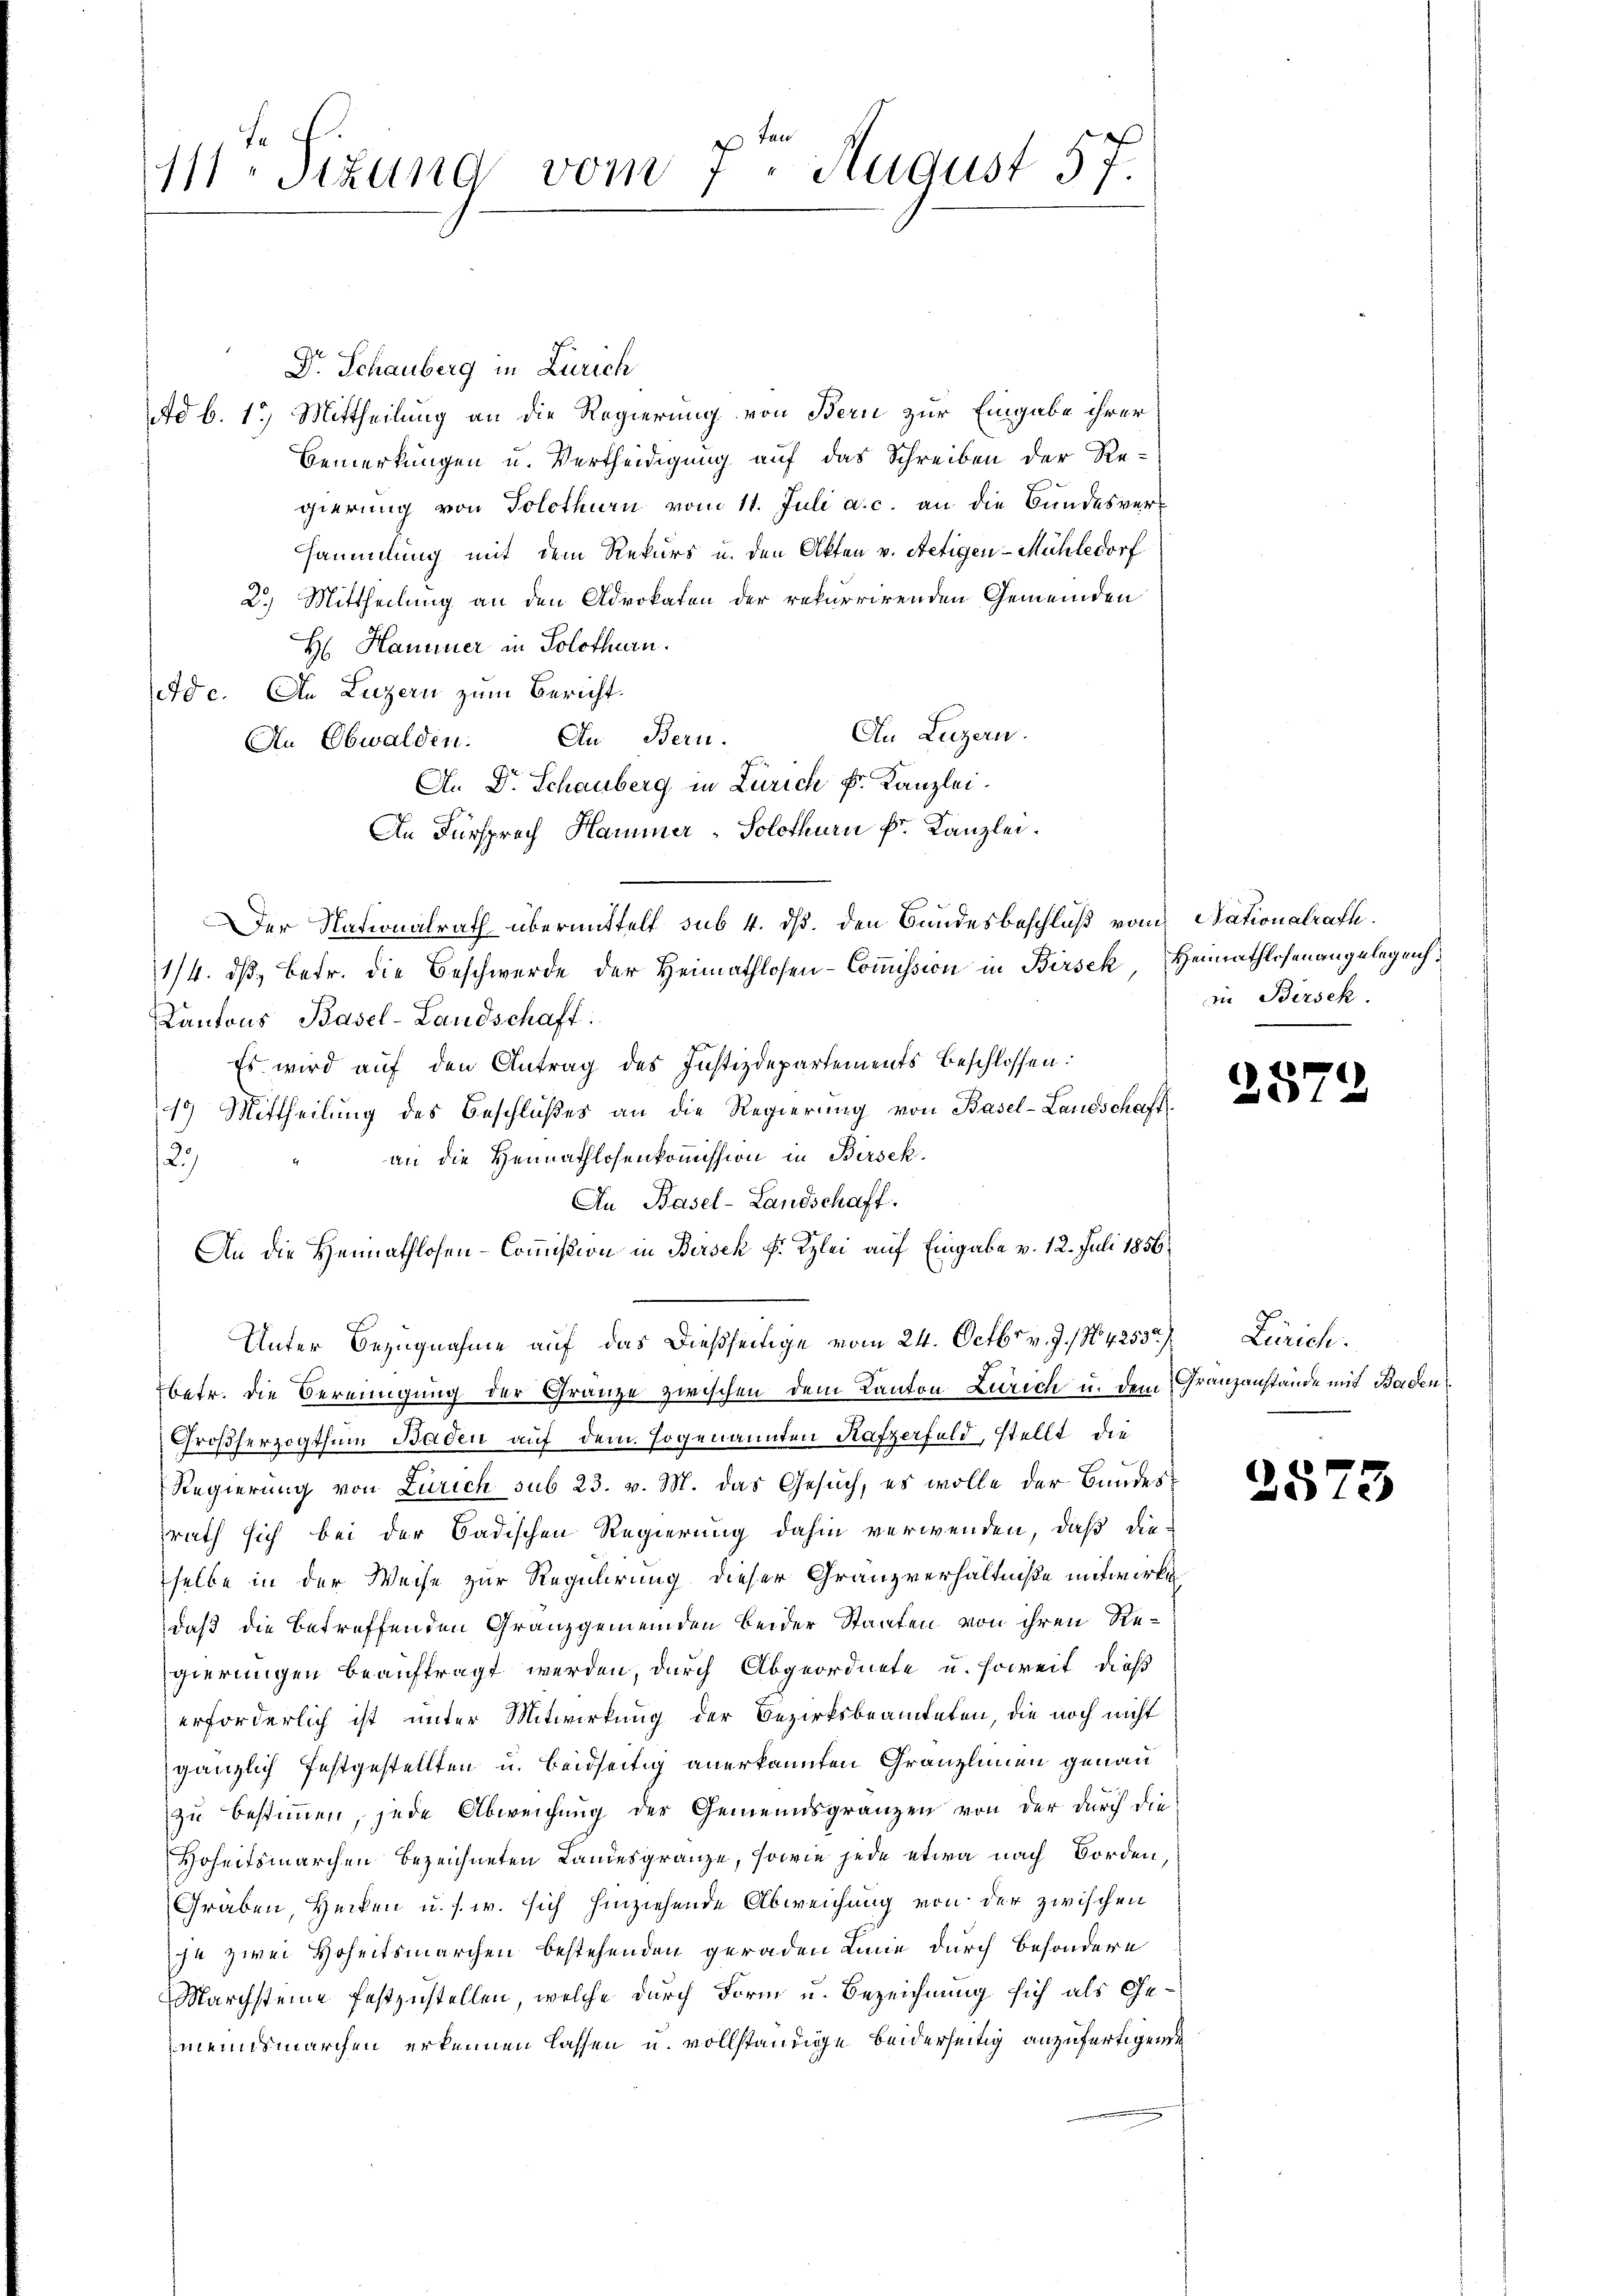
vom 7. August 57.
111 Stzung

Dr. Schauberg in Zürich
Ad b. 1.) Mittheilung an die Regierung von Bern zur Eingabe ihrer
Bemerkungen u. Vertheidigung auf das Schreiben der Re-
gierung von Solothurn vom 11. Juli a. c. an die Bundesversammlung mit dem Rekurs u. den Akten v. Aetigen-Mühledorf
2.) Mittheilung an den Advokaten der rekurrirenden Gemeinden
H: Haminer in Solothurn.
Ade. An Luzern zum Bericht.
An Luzern.
An Obwalden. In Bern.
A.. Dr. Schauberg in Zürich Fr. Kanzlei.
An Fürsprach Hammer-Solothurn k. Kanzlei.
Der Nationalrath übermittelt sub 4. ds. den Bundesbeschluß vom Stationalrath.
1/4. dβ betr. die Beschwerde der Heimathlosen-Commission in Birsek Heimathlosenangelegenh
Kantons Basel-Landschaft.
Es wird auf den Antrag des Justizdepartements beschlossen:
19) Mittheilung des Beschlußes an die Regierung von Basel-Landschaft
an die Hernathlosenkommission in Birsek
29.
An Basel-Landschaft.
An die Heimathlosen-Commißion in Bersek F. Kzlei auf Eingabe v. 12. Juli 1856
Unter Bezugnahme auf das dießseitige vom 24. Octbr. v. J. N. 4253. Zürich.
betr. die Bereinigung der Gränze zwischen dem Kanton Zürich u. dem Granzanstände mit Baden
Großherzogthum Baden auf dem sogenannten Rafzerfeld, stellt, die
Regierung von Zürich sub 23. v. M. das Gesuch, es wolle der Bundessrath sich bei der Badischen Regierung dahin verwenden, daß die-
selbe in der Weise zur Regulirung dieser Granzverhältniße mitwirk
daß die betreffenden Granzgemeinden beider Staaten von ihren Regierungen beauftragt werden, durch Abgeordnete u. soweit dieß
erforderlich ist unter Mitwirkung der Bezirksbeamteten, die noch nicht
gänzlich festgestellten u. beidseitig anerkannten Gränzlinen genau
zu bestimmen, jede Abweichung der Gemeindsgränzen von der durch die
Hoheitsmarchen bezeichneten Landesgränze, sowie jede etwa nach Borden,
Graben, Hecken u. s. w. sich hinziehende Abweichung von der zwischen
je zwei Hoheitsmarchen bestehenden geraden Linie durch besondere
Marchsteine festzustellen, welche durch Form u. Bezeichnung sich als Gemeinsmarchen erkennen lassen u. vollständige beiderseitig anzufertigende

in Birsek.

257

2573